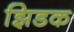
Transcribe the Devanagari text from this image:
झिडक